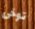
توخى